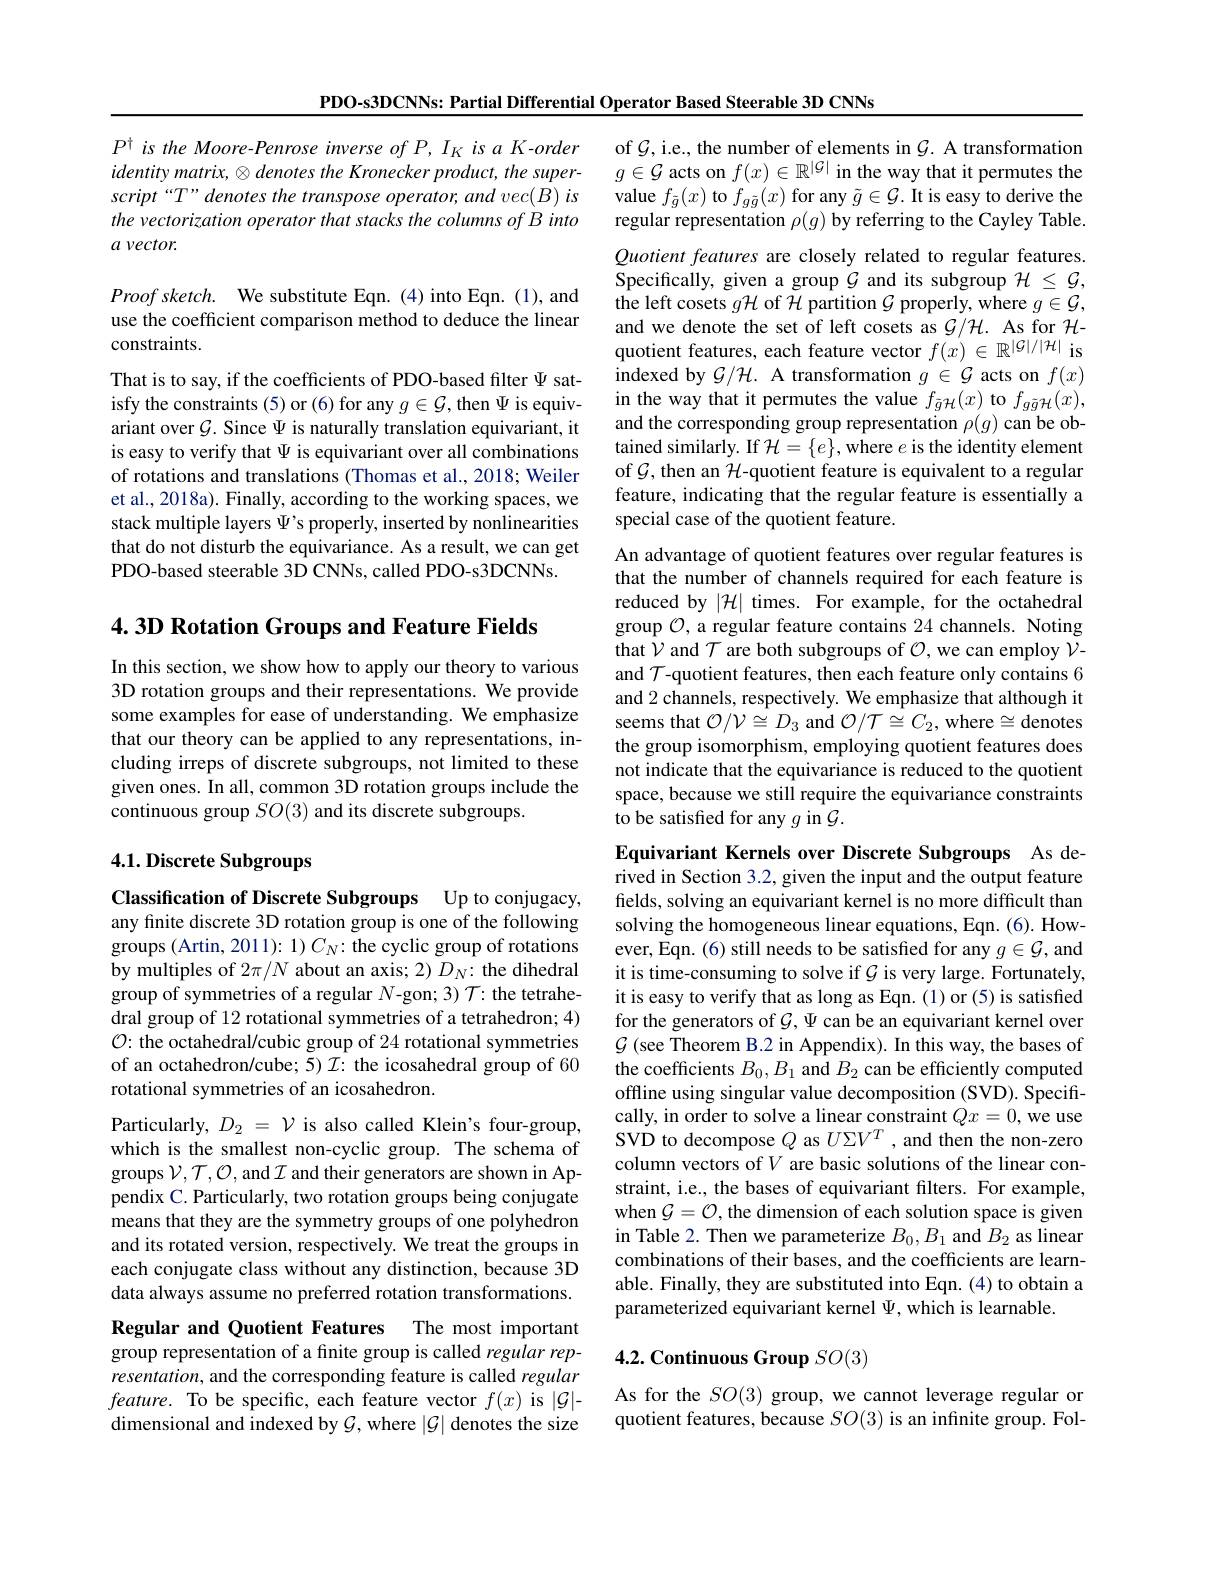
PDO-s3DCNNs: Partial Differential Operator Based Steerable 3D CNNs

$P^{\dagger}$ is the Moore-Penrose inverse of P, IK is a K-order identity matrix, $\otimes$ denotes the Kronecker product, the super- $script“T”denotesthetransposeoperator,andvec(B)is$ the vectorization operator that stacks the columns of B into $a\textit{vector}.$

$Proofsketch.$ We substitute Eqn.(4)into Eqn.(1),and use the coefficient comparison method to deduce the linear constraints.

That is to say, if the coefficients of PDO-based filter $\Psi$ satisfy the constraints (5) or (6) for any $g\in\mathcal{G}$,then $\Psi$ is equivariant over $\mathcal{G}$. Since $\Psi$ is naturally translation equivariant, it is easy to verify that $\Psi$ is equivariant over all combinations of rotations and translations (Thomas et al., 2018; Weiler et al., 2018a). Finally, according to the working spaces, we stack multiple layers $\Psi’$s properly, inserted by nonlinearities that do not disturb the equivariance. As a result, we can get PDO-based steerable 3D CNNs, called PDO-s3DCNNs.

$4. 3D\textbf{Rotation Groups and Feature Fields}$

In this section, we show how to apply our theory to various 3D rotation groups and their representations. We provide some examples for ease of understanding. We emphasize that our theory can be applied to any representations, including irreps of discrete subgroups, not limited to these given ones. In all, common 3D rotation groups include the continuous group $SO(3)$ and its discrete subgroups.

# 4.1. Discrete Subgroups

Classification of Discrete Subgroups Up to conjugacy, any finite discrete 3D rotation group is one of the following

groups (Artin, 2011): 1) $C_N{:}$ the cyclic group of rotations by multiples of $2\pi/N$ about an axis; 2) $D_N{:}$ the dihedral group of symmetries of a regular $N$-gon; 3) $\mathcal{T}:$ the tetrahedral group of 12 rotational symmetries of a tetrahedron; 4) $\mathcal{O}$: the octahedral/cubic group of 24 rotational symmetries of an octahedron/cube; 5) $\mathcal{I}:$ the icosahedral group of 60 rotational symmetries of an icosahedron.

which is the smallest non-cyclic group. The schema of groups $\mathcal{V},\mathcal{T},\mathcal{O}$, and $\mathcal{I}$ and their generators are shown in Appendix C. Particularly, two rotation groups being conjugate means that they are the symmetry groups of one polyhedron and its rotated version, respectively. We treat the groups in each conjugate class without any distinction, because 3D data always assume no preferred rotation transformations.

Regular and Quotient Features The most important

group representation of a finite group is called regular representation, and the corresponding feature is called regular $feature.$ To be specific, each feature vector $f(x)$ is $|\mathcal{G}|$- dimensional and indexed by $\mathcal{G}$, where $|\mathcal{G}|$ denotes the size

of $\mathcal{G}$,i.e., the number of elements in $\mathcal{G}.$ A transformation $g\in\mathcal{G}$ acts on $f(x)\in\mathbb{R}^|\mathcal{G}|$ in the way that it permutes the value $f_{\tilde{g}}(x)$ to $f_{g\tilde{g}}(x)$ for any $\tilde{g}\in\mathcal{G}.$ It is easy to derive the regular representation $\rho(g)$ by referring to the Cayley Table.

Quotient features are closely related to regular features. Specifically, given a group $\mathcal{G}$ and its subgroup $\mathcal{H}\leq\mathcal{G}$, the left cosets $g\mathcal{H}$ of $\mathcal{H}$ partition $\mathcal{G}$ properly, where $g\in\mathcal{G}$, and we denote the set of left cosets as $\mathcal{G}/\mathcal{H}.$ As for $\mathcal{H}-$ quotient features, each feature vector $f(x)\in\mathbb{R}^{|\mathcal{G}|/|\mathcal{H}|}$ is indexed by $\mathcal{G}/\mathcal{H}.$ A transformation $g\in\mathcal{G}$ acts on $f(x)$ in the way that it permutes the value $f_{\tilde{g}\mathcal{H}}(x)$ to $f_{g\tilde{g}\mathcal{H}}(x)$, and the corresponding group representation $\rho(g)$ can be obtained similarly. If $\mathcal{H}=\{e\}$, where $e$ is the identity element of $\mathcal{G}$, then an $\mathcal{H}$-quotient feature is equivalent to a regular feature, indicating that the regular feature is essentially a special case of the quotient feature.

An advantage of quotient features over regular features is that the number of channels required for each feature is reduced by $|\mathcal{H}|$ times. For example, for the octahedral group $\mathcal{O}$, a regular feature contains 24 channels. Noting that $\hat{\mathcal{V}}$ and $\mathcal{T}$ are both subgroups of $\mathcal{O}$,we can employ $\tilde{\mathcal{V}}$- and $\mathcal{T}$-quotient features, then each feature only contains 6 and 2 channels, respectively. We emphasize that although it seems that $\mathcal{O}/\mathcal{V}\cong D_3$ and $\mathcal{O}/\mathcal{T}\cong C_2$, where$\cong$denotes the group isomorphism, employing quotient features does not indicate that the equivariance is reduced to the quotient space, because we still require the equivariance constraints to be satisfied for any $g$ in $\mathcal{G}.$

Equivariant Kernels over Discrete Subgroups As derived in Section 3.2, given the input and the output feature fields, solving an equivariant kernel is no more difficult than solving the homogeneous linear equations, Eqn. (6). However, Eqn. (6) still needs to be satisfied for any $g\in\mathcal{G}$, and it is time-consuming to solve if $\mathcal{G}$ is very large. Fortunately, it is easy to verify that as long as Eqn. (1) or (5) is satisfied for the generators of $\mathcal{G},\Psi$ can be an equivariant kernel over $\mathcal{G}$ (see Theorem B.2 in Appendix). In this way, the bases of the coefficients $B_0,B_1$ and $B_2$ can be efficiently computed offline using singular value decomposition (SVD). Specifi-
Particularly, $D_{2}= \mathcal{V}$ is also called Klein' s four- group, cally, in order to solve a linear constraint $Qx= 0$,we use which is the smallest non- cyclic group. The schema ofSVD to decompose $Q$ as $U\Sigma V^{T}$, and then the non- zero which is
column vectors of $V$ are basic solutions of the linear constraint, i.e., the bases of equivariant filters. For example, when $\mathcal{G}=\mathcal{O}$, the dimension of each solution space is given in Table 2. Then we parameterize $B_0,B_1$ and $B_2$ as linear combinations of their bases, and the coefficients are learnable. Finally, they are substituted into Eqn. (4) to obtain a parameterized equivariant kernel $\Psi$,which is learnable.

# 4.2. Continuous Group $SO(3)$

As for the $SO(3)$ group, we cannot leverage regular or quotient features, because $SO(3)$ is an infinite group. Fol-